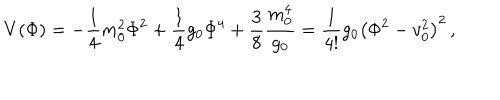
LaTeX: V ( \Phi ) = - \frac { 1 } { 4 } m _ { 0 } ^ { 2 } \Phi ^ { 2 } + \frac { 1 } { 4 } g _ { 0 } \Phi ^ { 4 } + \frac { 3 } { 8 } \frac { m _ { 0 } ^ { 4 } } { g _ { 0 } } = \frac { 1 } { 4 ! } g _ { 0 } \left( \Phi ^ { 2 } - v _ { 0 } ^ { 2 } \right) ^ { 2 } \, ,